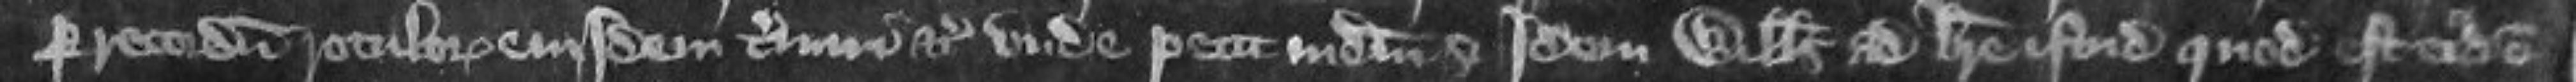
per recordum rotulorum eiusdem termini etc unde petit judicium si idem Willelmus ad breve istud quod est eiusdem